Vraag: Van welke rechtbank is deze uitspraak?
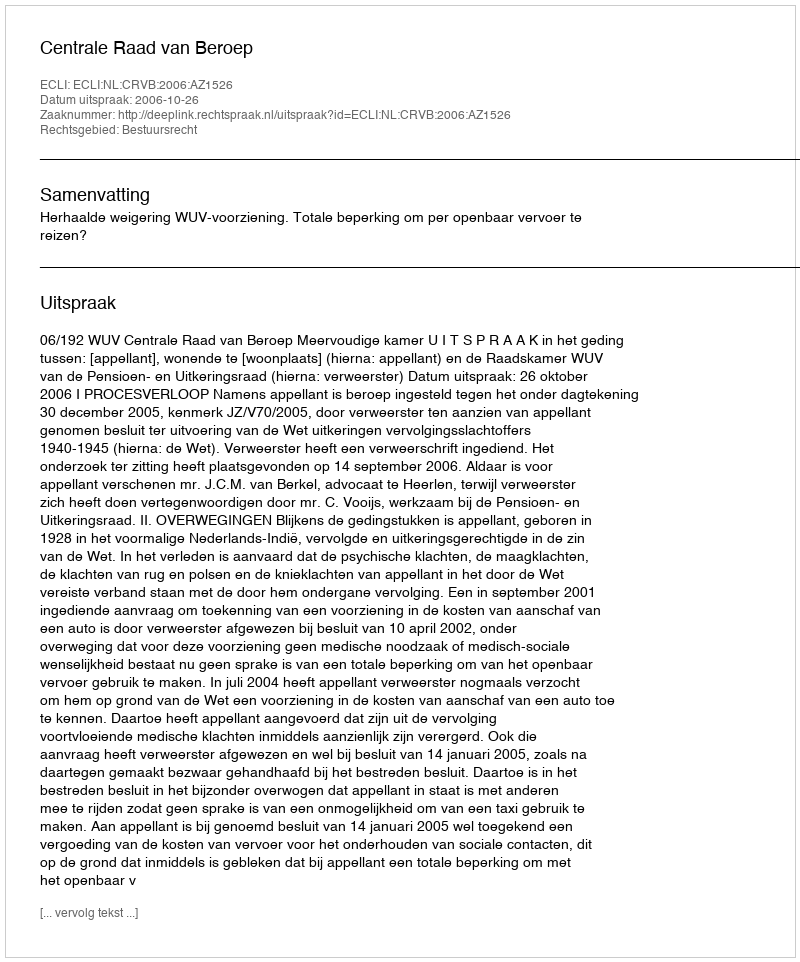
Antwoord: Centrale Raad van Beroep